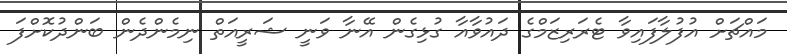
މައްޗަށް އުފުލާފައިވާ ޓެރަރިޒަމްގެ ދައުވާއާ ގުޅިގެން އޭނާ ވަނީ ޝަރީއަތް ނިމެންދެން ބަންދުކޮށްފަ